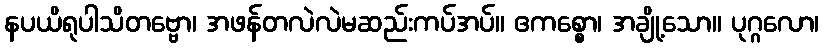
နပယိရုပါသိတဗ္ဗော၊ အဖန်တလဲလဲမဆည်းကပ်အပ်။ ဧကစ္စော၊ အချို့သော။ ပုဂ္ဂလော၊